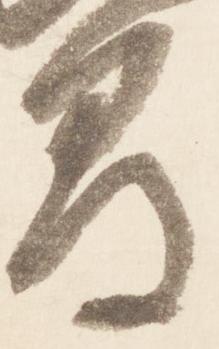
間